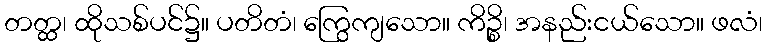
တတ္ထ၊ ထိုသစ်ပင်၌။ ပတိတံ၊ ကြွေကျသော။ ကိဉ္စိ၊ အနည်းငယ်သော။ ဖလံ၊